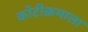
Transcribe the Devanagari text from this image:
कोटीक्रमाला